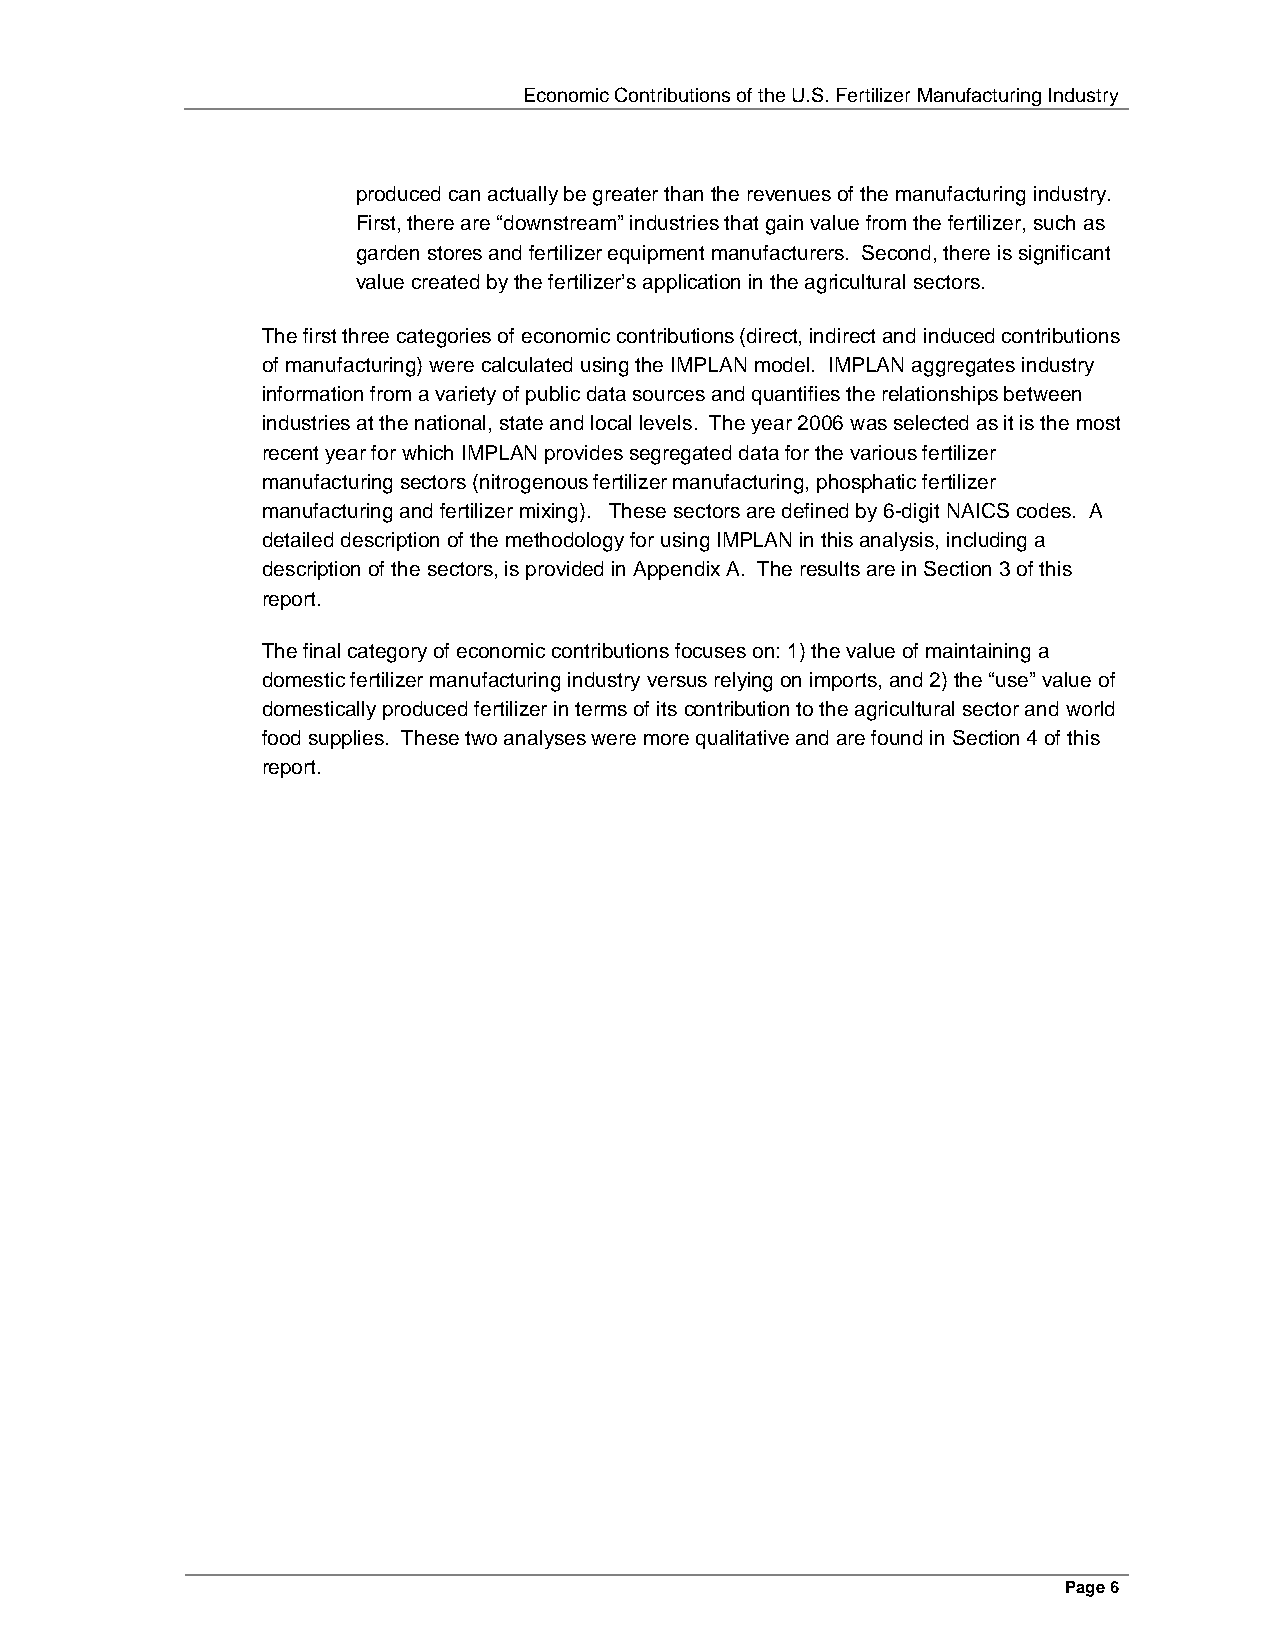
Economic Contributions of the U.S. Fertilizer Manufacturing Industry
 produced can actually be greater than the revenues of the manufacturing industry.
 First, there are “downstream” industries that gain value from the fertilizer, such as
 garden stores and fertilizer equipment manufacturers. Second, there is significant
 value created by the fertilizer’s application in the agricultural sectors.
 The first three categories of economic contributions (direct, indirect and induced contributions
 of manufacturing) were calculated using the IMPLAN model. IMPLAN aggregates industry
 information from a variety of public data sources and quantifies the relationships between
 industries at the national, state and local levels. The year 2006 was selected as it is the most
 recent year for which IMPLAN provides segregated data for the various fertilizer
 manufacturing sectors (nitrogenous fertilizer manufacturing, phosphatic fertilizer
 manufacturing and fertilizer mixing). These sectors are defined by 6-digit NAICS codes. A
 detailed description of the methodology for using IMPLAN in this analysis, including a
 description of the sectors, is provided in Appendix A. The results are in Section 3 of this
 report.
 The final category of economic contributions focuses on: 1) the value of maintaining a
 domestic fertilizer manufacturing industry versus relying on imports, and 2) the “use” value of
 domestically produced fertilizer in terms of its contribution to the agricultural sector and world
 food supplies. These two analyses were more qualitative and are found in Section 4 of this
 report.
 Page 6